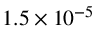
1 . 5 \times 1 0 ^ { - 5 }